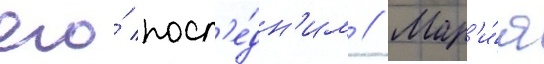
его́ посл'е́дн'им // Мар'и́я